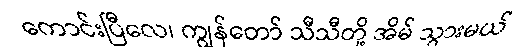
ကောင်းပြီလေ၊ ကျွန်တော် သီသီတို့ အိမ် သွားမယ်